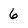
Character: 6